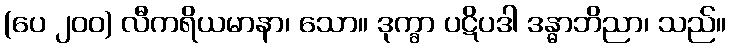
(ပေ ၂၀၀) လီကရိယမာနာ၊ သော။ ဒုက္ခာ ပဋိပဒါ ဒန္ဓာဘိညာ၊ သည်။